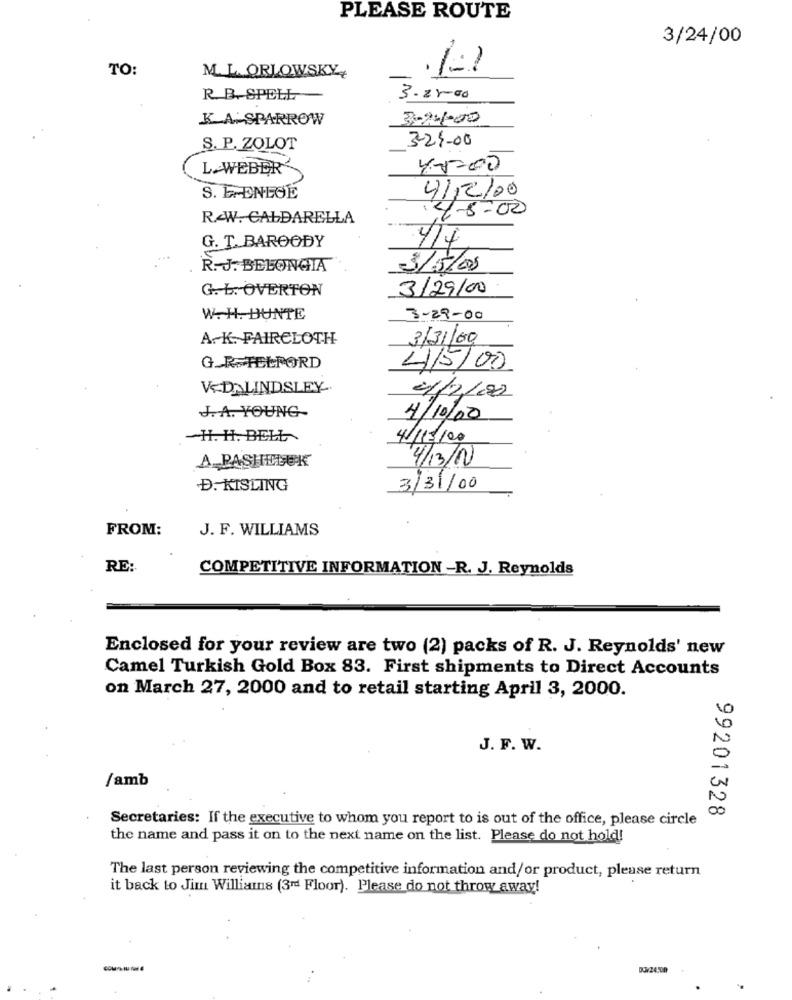
PLEASE ROUTE
3/24/00
TO:
M.L. ORLOWSKY
R B. SPELL
3.2500
K. A. SPARROW
3-2-1.00
3-24-00
S. P. ZOLOT
L.WEBER
4.5.00
S. E.ENLGE
4/12/00
4-5:00
RAW. CALDARELLA
G. T. BAROODY
R. J. BELONGIA
3/5/08
G. L. OVERTON
3/29/00
W. H. HUNTE
3-29-00
A. K. FAIRCLOTH
3/31/00
G.R.TELFORD
4/5/00
VEDALINDSLEY-
4/2/080
J. A. YOUNG-
4/10/00
H. H. BELL
4//13/00
A PASHETEK
4/13/10
D. KISLING
3/31/00
FROM:
J. F. WILLIAMS
RE:
COMPETITIVE INFORMATION -R. J. Reynolds
Enclosed for your review are two (2) packs of R. J. Reynolds' new
Camel Turkish Gold Box 83. First shipments to Direct Accounts
on March 27, 2000 and to retail starting April 3, 2000.
J. F. W.
/amb
99201328
Secretaries: If the executive to whom you report to is out of the office, please circle
the name and pass it on to the next name on the list. Please do not hold!
The last person reviewing the competitive information and/or product, please return
it back to Jim Williams (3rd Floor). Please do not throw away!